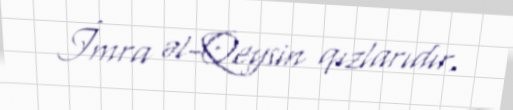
İmra əl-Qeysin qızlarıdır.